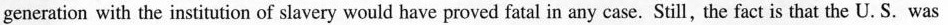
generation with the institution of slavery would have proved fatal in any case.Still, the fact is that the U. S. was